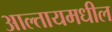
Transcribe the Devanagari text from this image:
आल्तायमधील